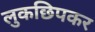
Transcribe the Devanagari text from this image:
लुकछिपकर